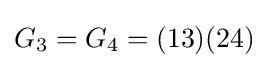
G_{3}=G_{4}=(13)(24)